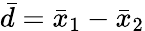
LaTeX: {\bar{d}}={\bar{x}}_{1}-{\bar{x}}_{2}